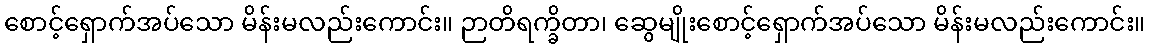
စောင့်ရှောက်အပ်သော မိန်းမလည်းကောင်း။ ဉာတိရက္ခိတာ၊ ဆွေမျိုးစောင့်ရှောက်အပ်သော မိန်းမလည်းကောင်း။